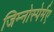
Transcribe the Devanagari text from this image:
जिम्नोस्पेर्मए